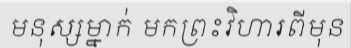
មនុស្សម្នាក់ មកព្រះវិហារពីមុន